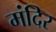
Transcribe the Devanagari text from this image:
मंदिर